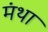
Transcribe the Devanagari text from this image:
मंथा